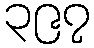
၃၉၇